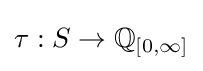
\tau :S\rightarrow \mathbb {Q} _{[0,\infty ]}